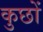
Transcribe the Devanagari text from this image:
कुछों